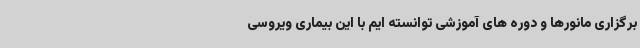
برگزاری مانورها و دوره های آموزشی توانسته ایم با این بیماری ویروسی